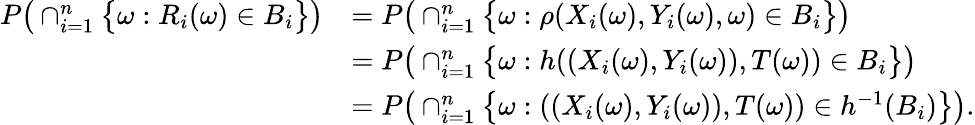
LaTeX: \begin{array}{rl}{P\big(\cap_{i=1}^{n}\big\{ \omega:R_{i}(\omega)\in B_{i}\big\} \big)}&{=P\big(\cap_{i=1}^{n}\big\{ \omega:\rho(X_{i}(\omega),Y_{i}(\omega),\omega)\in B_{i}\big\} \big)}\\ &{=P\big(\cap_{i=1}^{n}\big\{ \omega:h((X_{i}(\omega),Y_{i}(\omega)),T(\omega))\in B_{i}\big\} \big)}\\ &{=P\big(\cap_{i=1}^{n}\big\{ \omega:((X_{i}(\omega),Y_{i}(\omega)),T(\omega))\in h^{-1}(B_{i})\big\} \big).}\end{array}